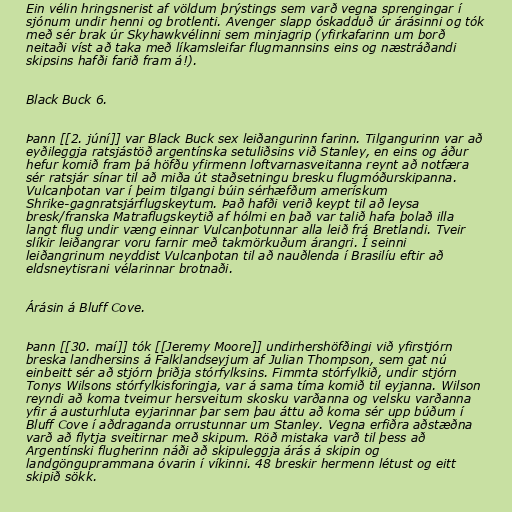
Ein vélin hringsnerist af völdum þrýstings sem varð vegna sprengingar í
sjónum undir henni og brotlenti. Avenger slapp óskadduð úr árásinni og tók
með sér brak úr Skyhawkvélinni sem minjagrip (yfirkafarinn um borð
neitaði víst að taka með líkamsleifar flugmannsins eins og næstráðandi
skipsins hafði farið fram á!).

Black Buck 6.

Þann [[2. júní]] var Black Buck sex leiðangurinn farinn. Tilgangurinn var að
eyðileggja ratsjástöð argentínska setuliðsins við Stanley, en eins og áður
hefur komið fram þá höfðu yfirmenn loftvarnasveitanna reynt að notfæra
sér ratsjár sínar til að miða út staðsetningu bresku flugmóðurskipanna.
Vulcanþotan var í þeim tilgangi búin sérhæfðum amerískum
Shrike-gagnratsjárflugskeytum. Það hafði verið keypt til að leysa
bresk/franska Matraflugskeytið af hólmi en það var talið hafa þolað illa
langt flug undir væng einnar Vulcanþotunnar alla leið frá Bretlandi. Tveir
slíkir leiðangrar voru farnir með takmörkuðum árangri. Í seinni
leiðangrinum neyddist Vulcanþotan til að nauðlenda í Brasilíu eftir að
eldsneytisrani vélarinnar brotnaði.

Árásin á Bluff Cove.

Þann [[30. maí]] tók [[Jeremy Moore]] undirhershöfðingi við yfirstjórn
breska landhersins á Falklandseyjum af Julian Thompson, sem gat nú
einbeitt sér að stjórn þriðja stórfylksins. Fimmta stórfylkið, undir stjórn
Tonys Wilsons stórfylkisforingja, var á sama tíma komið til eyjanna. Wilson
reyndi að koma tveimur hersveitum skosku varðanna og velsku varðanna
yfir á austurhluta eyjarinnar þar sem þau áttu að koma sér upp búðum í
Bluff Cove í aðdraganda orrustunnar um Stanley. Vegna erfiðra aðstæðna
varð að flytja sveitirnar með skipum. Röð mistaka varð til þess að
Argentínski flugherinn náði að skipuleggja árás á skipin og
landgönguprammana óvarin í víkinni. 48 breskir hermenn létust og eitt
skipið sökk.